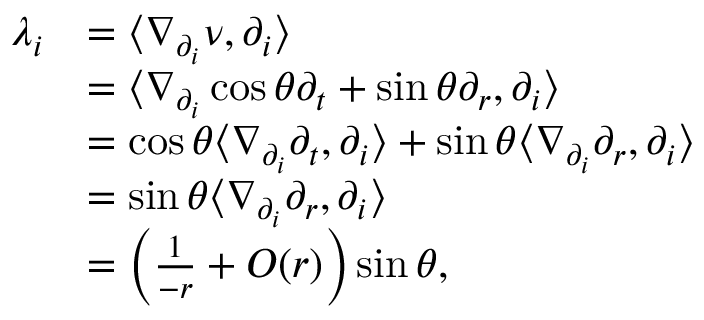
\begin{array} { r l } { \lambda _ { i } } & { = \langle \nabla _ { \partial _ { i } } \nu , \partial _ { i } \rangle } \\ & { = \langle \nabla _ { \partial _ { i } } \cos \theta \partial _ { t } + \sin \theta \partial _ { r } , \partial _ { i } \rangle } \\ & { = \cos \theta \langle \nabla _ { \partial _ { i } } \partial _ { t } , \partial _ { i } \rangle + \sin \theta \langle \nabla _ { \partial _ { i } } \partial _ { r } , \partial _ { i } \rangle } \\ & { = \sin \theta \langle \nabla _ { \partial _ { i } } \partial _ { r } , \partial _ { i } \rangle } \\ & { = \left( \frac { 1 } { - r } + O ( r ) \right) \sin \theta , } \end{array}